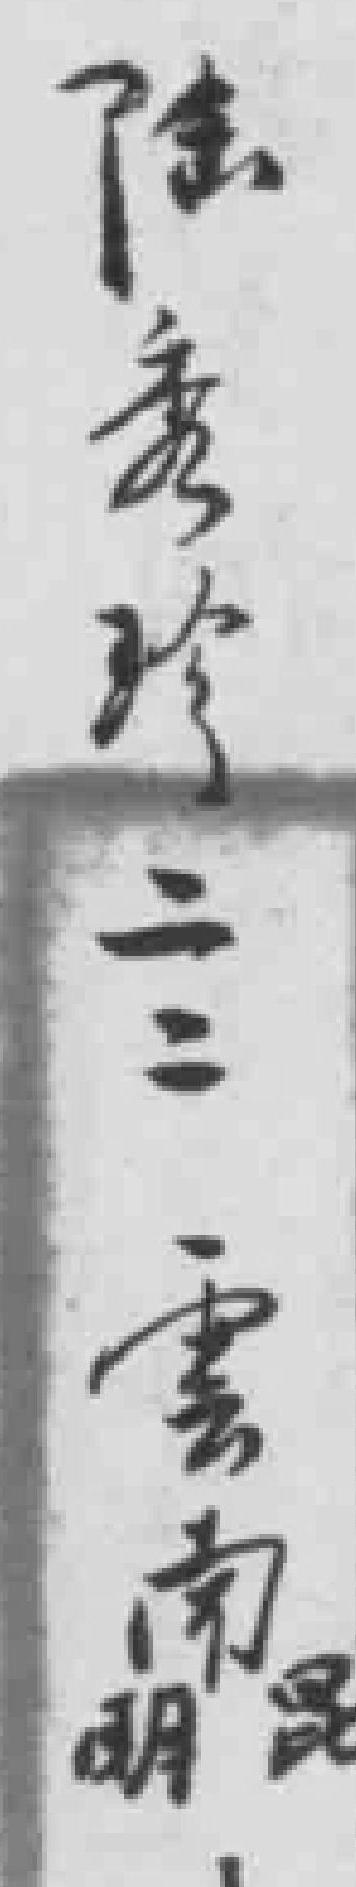
陆秀珍二二雲南